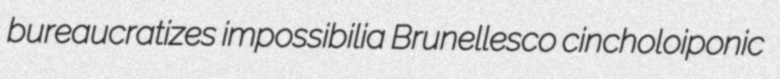
bureaucratizes impossibilia Brunellesco cincholoiponic